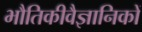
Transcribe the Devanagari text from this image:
भौतिकीवैज्ञानिकों